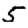
Digit: 5